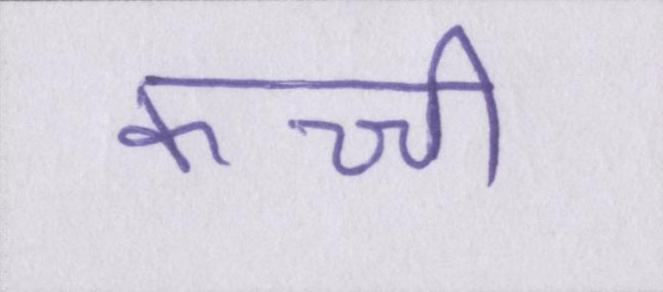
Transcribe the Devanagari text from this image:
कच्ची